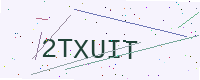
Text: 2TXUIT